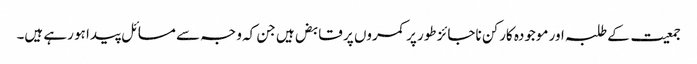
جمعیت کے طلبہ اور موجودہ کارکن ناجائز طور پر کمروں پر قابض ہیں جن کہ وجہ سے مسائل پیدا ہو رہے ہیں۔